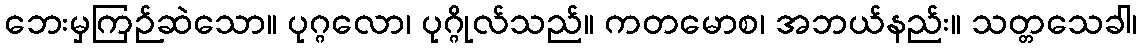
ဘေးမှကြဉ်ဆဲသော။ ပုဂ္ဂလော၊ ပုဂ္ဂိုလ်သည်။ ကတမောစ၊ အဘယ်နည်း။ သတ္တသေခါ၊